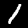
Label: 1